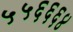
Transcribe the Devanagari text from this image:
५५६६६४